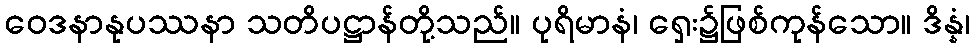
ဝေဒနာနုပဿနာ သတိပဋ္ဌာန်တို့သည်။ ပုရိမာနံ၊ ရှေး၌ဖြစ်ကုန်သော။ ဒိန္နံ၊